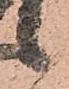
候